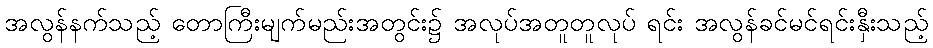
အလွန်နက်သည့် တောကြီးမျက်မည်းအတွင်း၌ အလုပ်အတူတူလုပ် ရင်း အလွန်ခင်မင်ရင်းနှီးသည့်